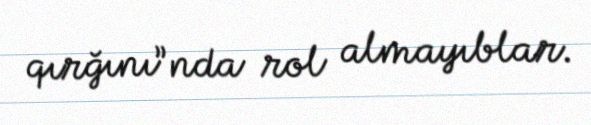
qırğını”nda rol almayıblar.